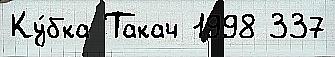
Ку́бка Такач 1998 337